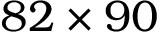
8 2 \times 9 0